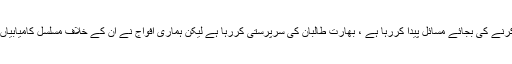
بھارت دہشتگردی کے خلاف جنگ میں ہماری مدد کرنے کی بجائے مسائل پیدا کررہا ہے ، بھارت طالبان کی سرپرستی کررہا ہے لیکن ہماری افواج نے ان کے خلاف مسلسل کامیابیاں حاصل کی ہیں ، دہشت گردی پر جلد قابو پا لیں گے۔